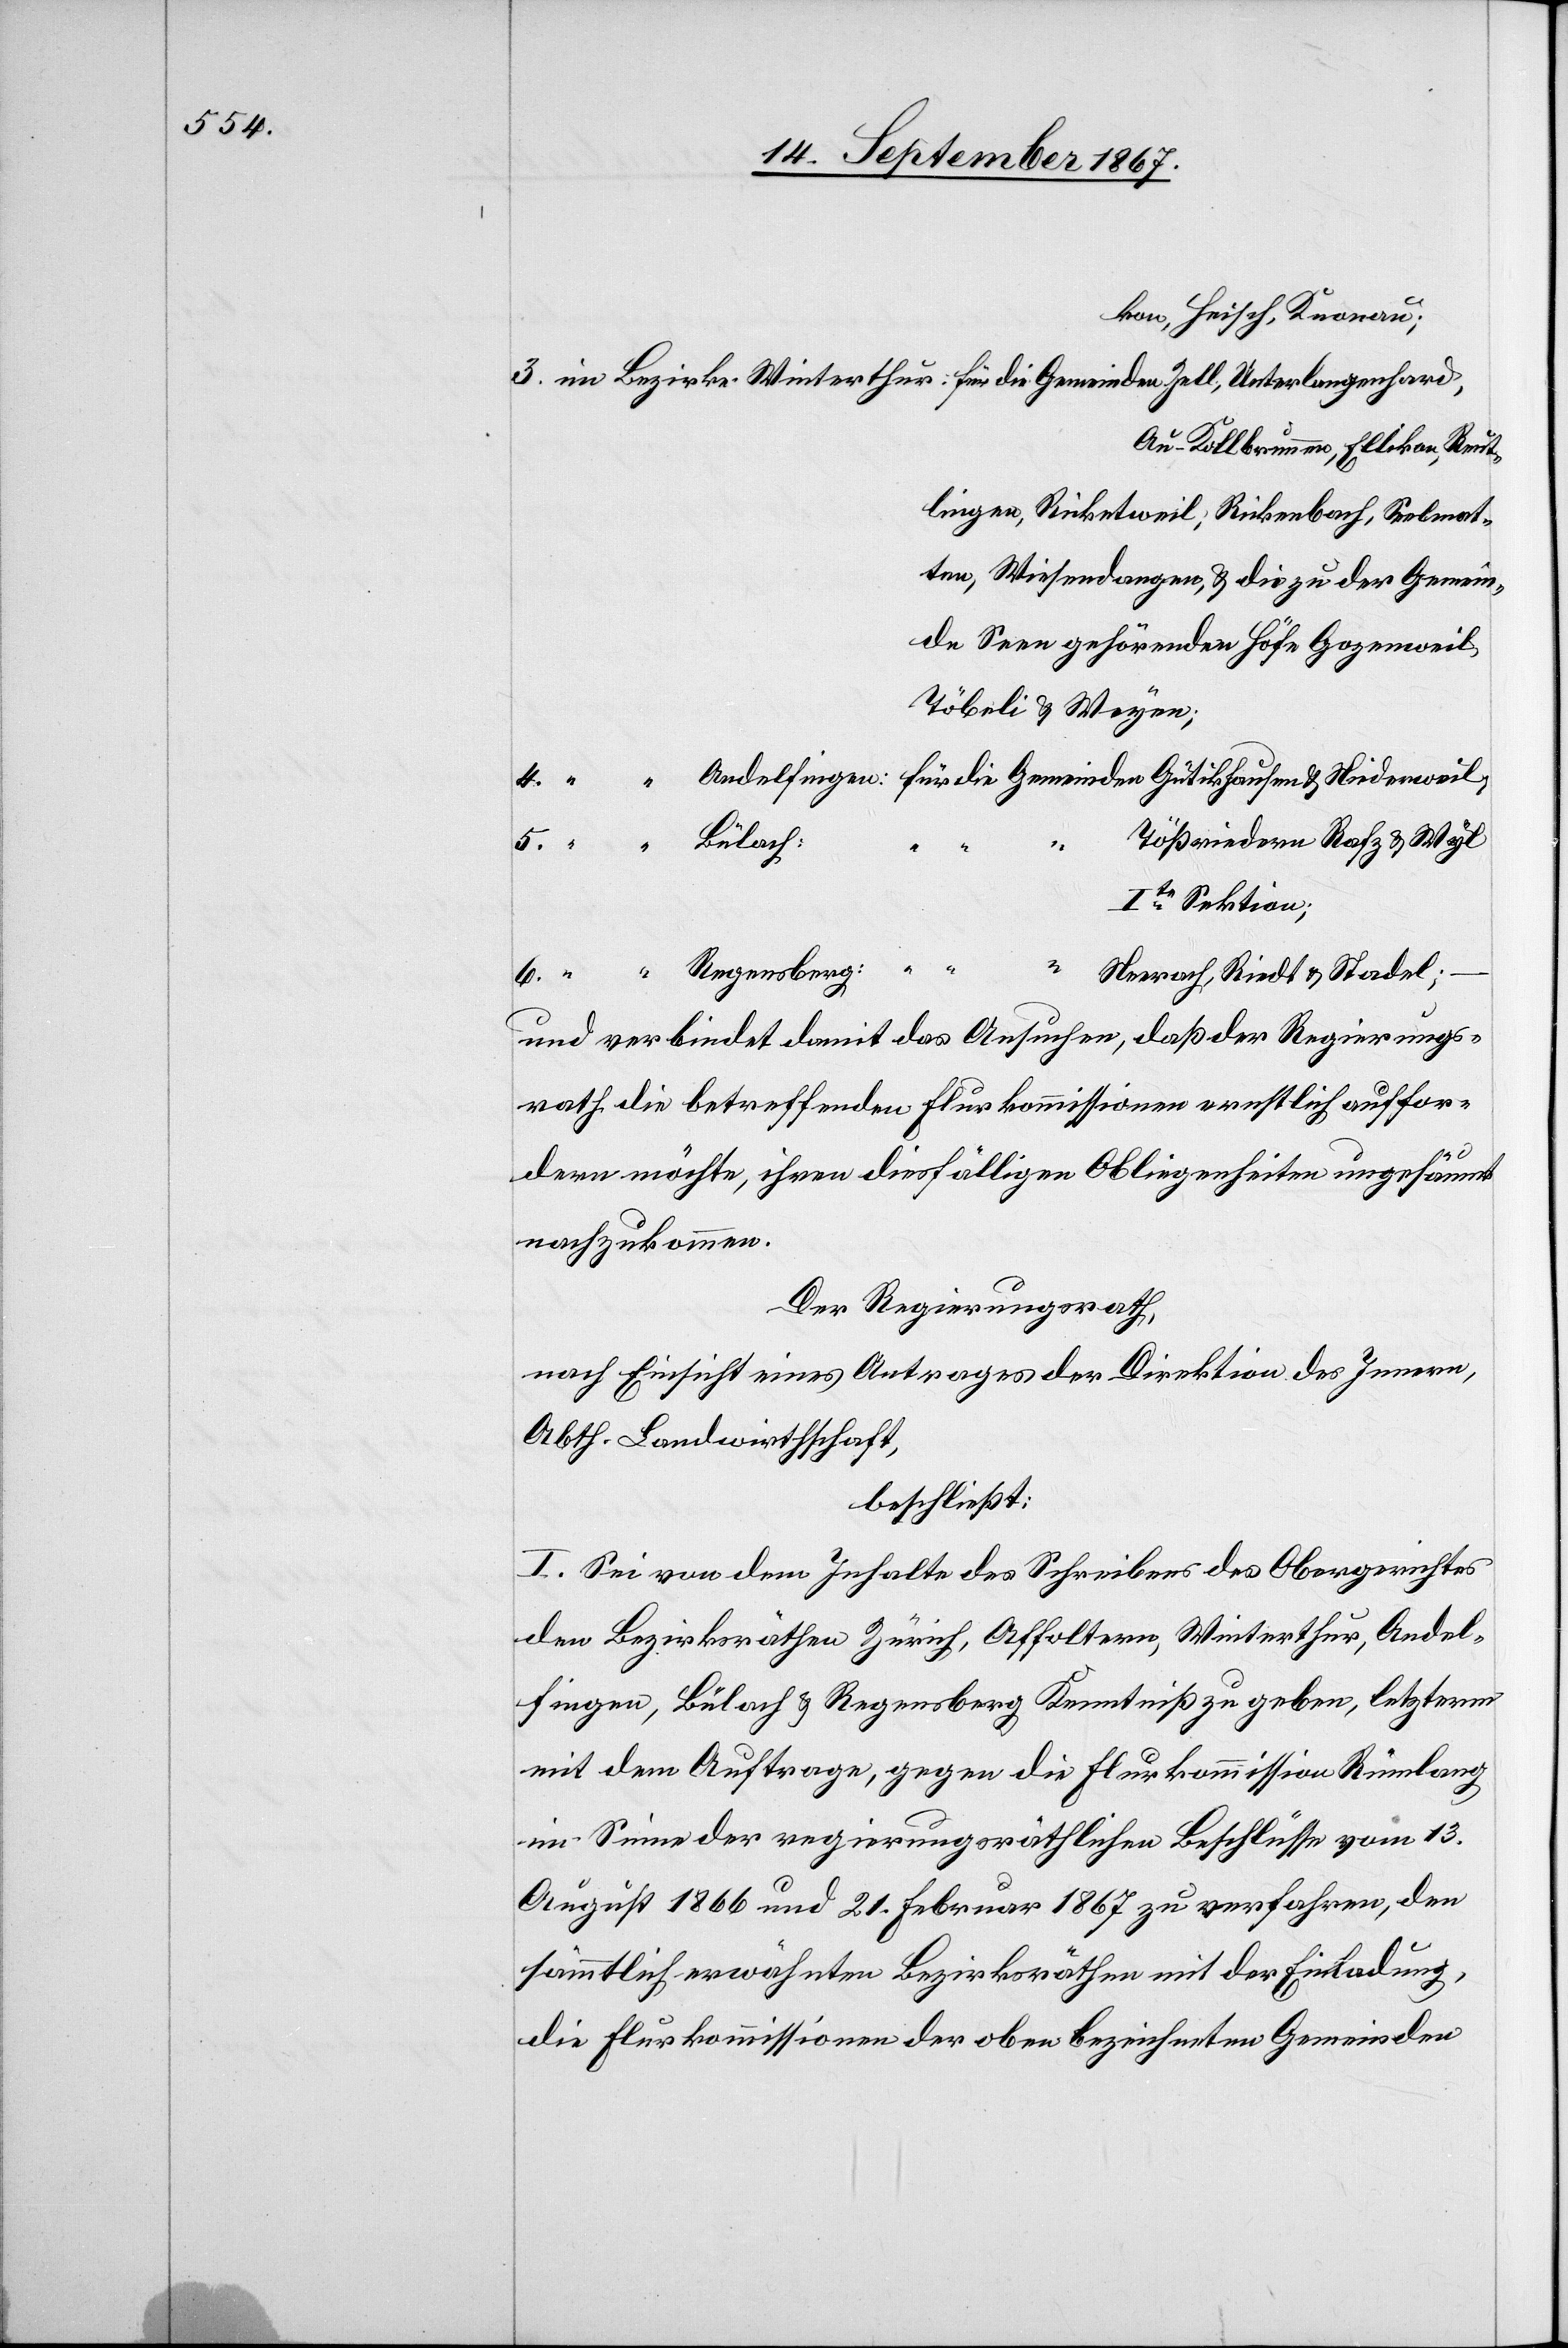
kon, Heisch, Knonau;
Au-Kollbrunnen, Ellikon, Reut¬
lingen, Ricktweil, Rickenbach, Seelmat¬
ten, Wiesendangen, u. die zu der Gemein¬
de Seen gehörenden Höfe Gozenweil,
Töbeli u. Wyen;
Tößriedern, Rafz u. Wyl
u.
Ite. Sektion;
Neerach, Riedt u. Stadel;
und verbindet damit das Ansuchen, daß der Regierungs¬
rath die betreffenden Flurkommissionen ernstlich auffor¬
6.
dern möchte, ihren diesfälligen Obliegenheiten ungesäumt
nachzukommen.
Der Regierungsrath,
nach Einsicht eines Antrages der Direktion des Innern,
Abth. Landwirthschaft,
beschließt:
I. Sei von dem Inhalte des Schreibens des Obergerichtes
den Bezirksräthen Zürich, Affoltern, Winterthur, Andel¬
fingen, Bülach u. Regensberg Kenntniß zu geben, letzterm
mit dem Auftrage, gegen die Flurkommission Rümlang
im Sinne der regierungsräthlichen Beschlüsse13.
August 1866 und 21. Februar 1867 zu verfahren, den
sämmtlich erwähnten Bezirksräthen mit der Einladung,
die Flurkommissionen der oben bezeichneten Gemeinden